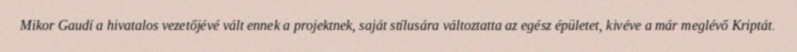
Mikor Gaudí a hivatalos vezetőjévé vált ennek a projektnek, saját stílusára változtatta az egész épületet, kivéve a már meglévő Kriptát.